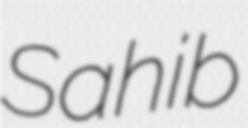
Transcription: Sahib